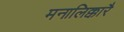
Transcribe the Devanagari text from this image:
मनालिक्कारै